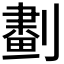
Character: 𠟱